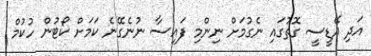
އަދި އޭޑީސީ ގޮތުގައި ނެގުމަށް ނިންމި ފައިސާ ނުނެގޭނެ ކަމަށް ކޯޓުން ހުކުމް